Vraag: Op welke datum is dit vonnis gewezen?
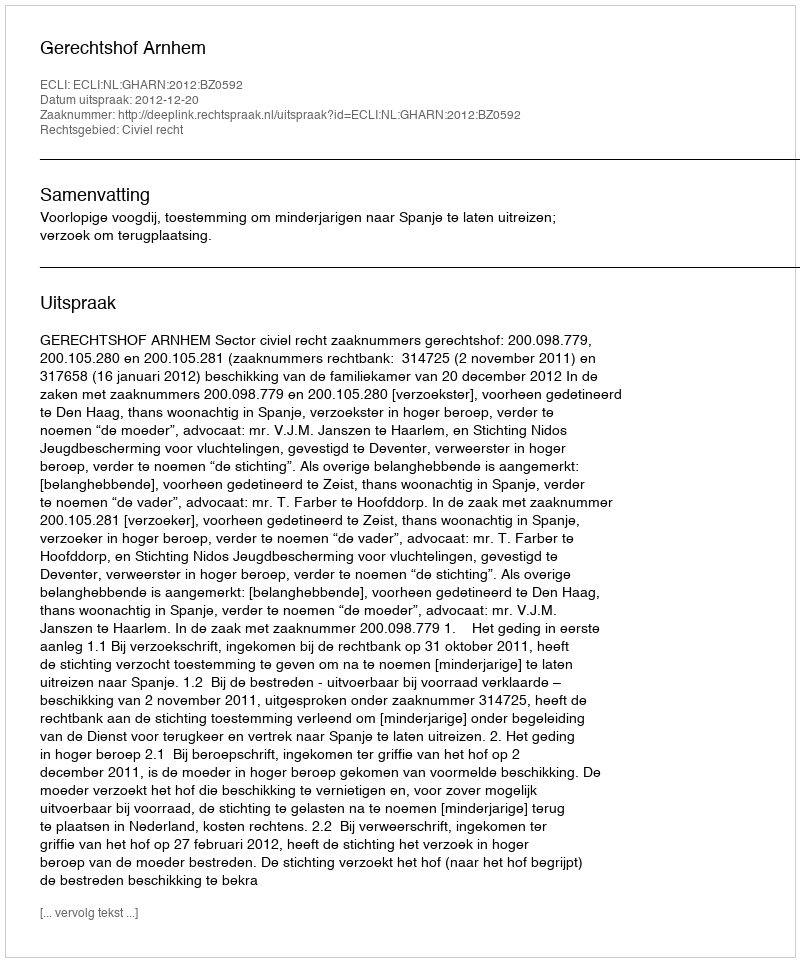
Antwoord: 2012-12-20